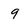
Character: 9